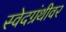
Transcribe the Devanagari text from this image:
स्वेदग्रंथीवर